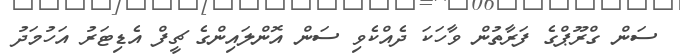
ސަން ގްރޫޕްގެ ފަރާތުން ވާހަކަ ދެއްކެވި ސަން އޮންލައިންގެ ޗީފް އެޑިޓަރު އަހުމަދު